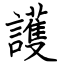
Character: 護